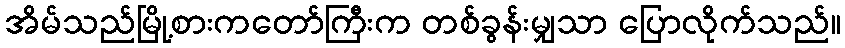
အိမ်သည်မြို့စားကတော်ကြီးက တစ်ခွန်းမျှသာ ပြောလိုက်သည်။